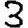
Digit: 3